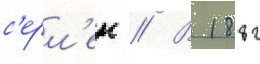
с'ерл'ен // В 1882